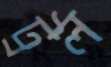
ট্রল